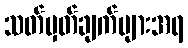
သတ်မှတ်ချက်များအရ